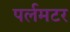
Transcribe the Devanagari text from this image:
पर्लमटर